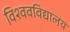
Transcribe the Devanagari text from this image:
विश्‍ववविद्यालय